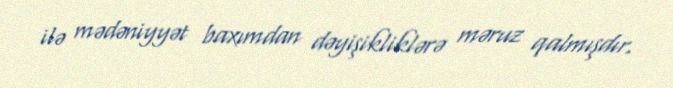
ilə mədəniyyət baxımdan dəyişikliklərə məruz qalmışdır.